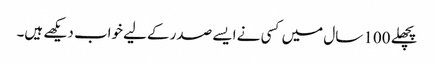
پچھلے 100 سال میں کسی نے ایسے صدر کےلیے خواب دیکھے ہیں۔